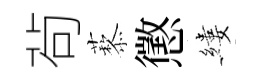
茍藜懲縷